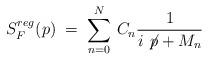
LaTeX: \begin{align*}S_F^{reg}(p)\;=\; \sum_{n=0}^N \, C_n \frac{1}{i \not \! p + M_n}\end{align*}